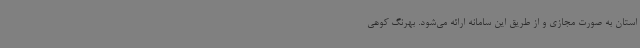
استان به صورت مجازی و از طریق این سامانه ارائه می‌شود. بهرنگ کوهی